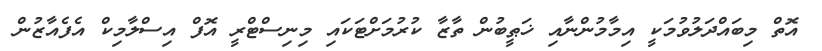
އޮތް މިބައްދަލުވުމަކީ އިމާމުންނާއި ޚަޠީބުން ތާޒާ ކުރުމަށްޓަކައި މިނިސްޓްރީ އޮފް އިސްލާމިކް އެފެއާޒުން